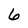
Character: 6